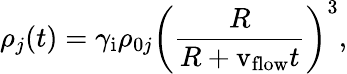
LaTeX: \rho_{j}(t)=\gamma_{\mathrm{i}}\rho_{0j}\left(\frac{R}{R+\mathrm{v_{flow}}t}\right)^{3},